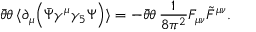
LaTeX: \bar { \theta } \theta \, \langle \partial _ { \mu } \Big ( \bar { \Psi } \gamma ^ { \mu } \gamma _ { 5 } \Psi \Big ) \rangle = - \bar { \theta } \theta \, \frac { 1 } { 8 \pi ^ { 2 } } F _ { \mu \nu } \tilde { F } ^ { \mu \nu } .